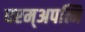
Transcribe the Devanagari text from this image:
धरम्अपत्नि